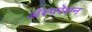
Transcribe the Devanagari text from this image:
अॅस्परेशन